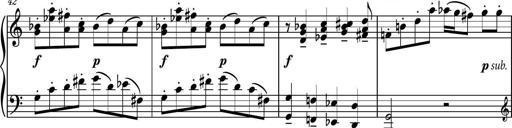
Title: Piano Sonatina No.3
Composer: Dimitri Sykias
Key: C major